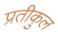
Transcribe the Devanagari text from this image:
प्रतीकुल